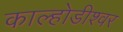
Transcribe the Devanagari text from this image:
काल्होडीश्वर